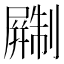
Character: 𫵨